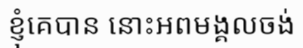
ខ្ញុំគេបាន នោះអពមង្គលចង់